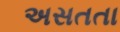
અસતતા